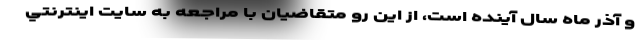
و آذر ماه سال آينده است، از اين رو متقاضيان با مراجعه به سايت اينترنتي